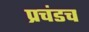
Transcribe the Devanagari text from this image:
प्रचंडच